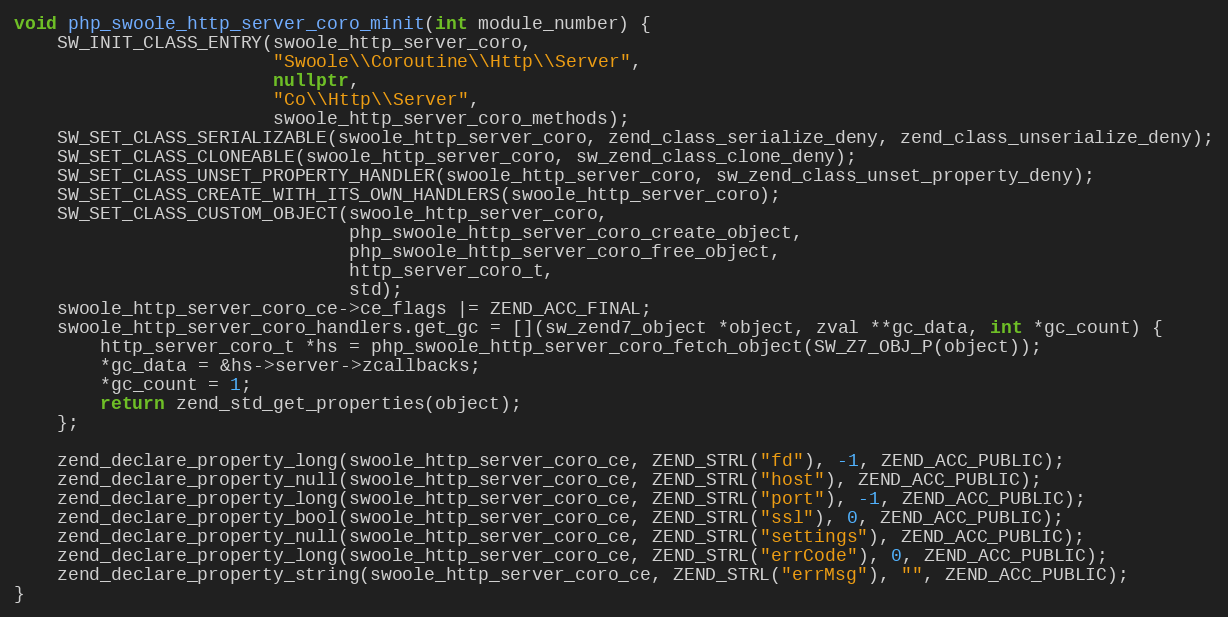
Language: C++
void php_swoole_http_server_coro_minit(int module_number) {
    SW_INIT_CLASS_ENTRY(swoole_http_server_coro,
                        "Swoole\\Coroutine\\Http\\Server",
                        nullptr,
                        "Co\\Http\\Server",
                        swoole_http_server_coro_methods);
    SW_SET_CLASS_SERIALIZABLE(swoole_http_server_coro, zend_class_serialize_deny, zend_class_unserialize_deny);
    SW_SET_CLASS_CLONEABLE(swoole_http_server_coro, sw_zend_class_clone_deny);
    SW_SET_CLASS_UNSET_PROPERTY_HANDLER(swoole_http_server_coro, sw_zend_class_unset_property_deny);
    SW_SET_CLASS_CREATE_WITH_ITS_OWN_HANDLERS(swoole_http_server_coro);
    SW_SET_CLASS_CUSTOM_OBJECT(swoole_http_server_coro,
                               php_swoole_http_server_coro_create_object,
                               php_swoole_http_server_coro_free_object,
                               http_server_coro_t,
                               std);
    swoole_http_server_coro_ce->ce_flags |= ZEND_ACC_FINAL;
    swoole_http_server_coro_handlers.get_gc = [](sw_zend7_object *object, zval **gc_data, int *gc_count) {
        http_server_coro_t *hs = php_swoole_http_server_coro_fetch_object(SW_Z7_OBJ_P(object));
        *gc_data = &hs->server->zcallbacks;
        *gc_count = 1;
        return zend_std_get_properties(object);
    };

    zend_declare_property_long(swoole_http_server_coro_ce, ZEND_STRL("fd"), -1, ZEND_ACC_PUBLIC);
    zend_declare_property_null(swoole_http_server_coro_ce, ZEND_STRL("host"), ZEND_ACC_PUBLIC);
    zend_declare_property_long(swoole_http_server_coro_ce, ZEND_STRL("port"), -1, ZEND_ACC_PUBLIC);
    zend_declare_property_bool(swoole_http_server_coro_ce, ZEND_STRL("ssl"), 0, ZEND_ACC_PUBLIC);
    zend_declare_property_null(swoole_http_server_coro_ce, ZEND_STRL("settings"), ZEND_ACC_PUBLIC);
    zend_declare_property_long(swoole_http_server_coro_ce, ZEND_STRL("errCode"), 0, ZEND_ACC_PUBLIC);
    zend_declare_property_string(swoole_http_server_coro_ce, ZEND_STRL("errMsg"), "", ZEND_ACC_PUBLIC);
}